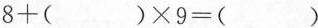
$$8+( )\times9= ( )$$